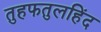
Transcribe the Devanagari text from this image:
तुहफतुलहिंद